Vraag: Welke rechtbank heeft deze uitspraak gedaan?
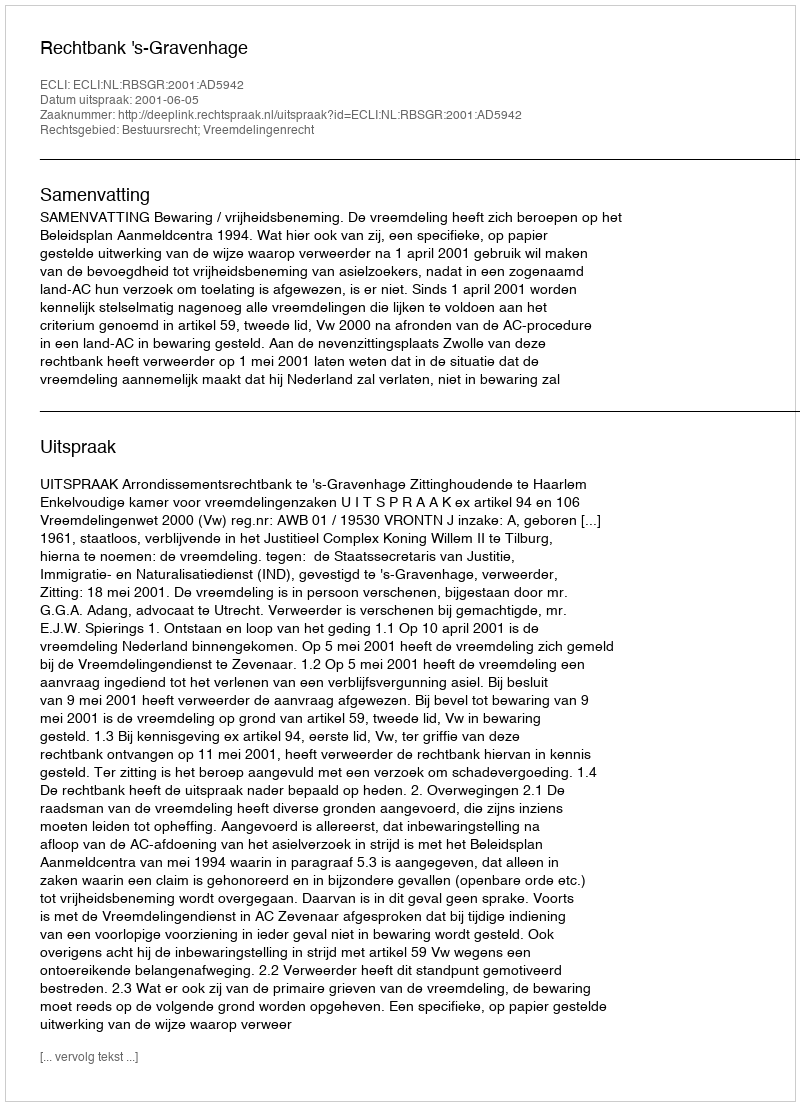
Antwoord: Rechtbank 's-Gravenhage